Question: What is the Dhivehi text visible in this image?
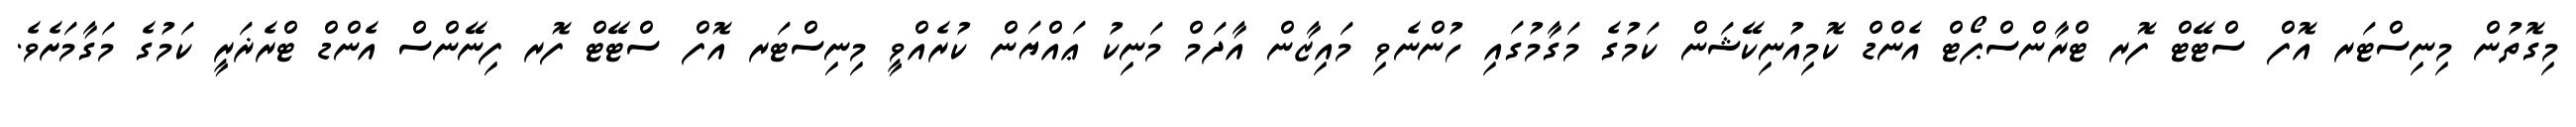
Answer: މިގޮތުން މިނިސްޓަރ އޮފް ސްޓޭޓް ފޮރ ޓްރާންސްޕޯޓް އެންޑް ކޮމިއުނިކޭޝަން ކަމުގެ މަގާމުގައި ހުންނެވި މައިޒާން އާދަމް މަނިކު ޢައްޔަން ކުރެއްވީ މިނިސްޓަރ އޮފް ސްޓޭޓް ފޮރ ފިނޭންސް އެންޑް ޓްރެޜަރީ ކަމުގެ މަގާމަށެވެ.